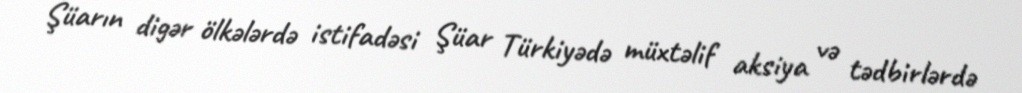
Şüarın digər ölkələrdə istifadəsi Şüar Türkiyədə müxtəlif aksiya və tədbirlərdə